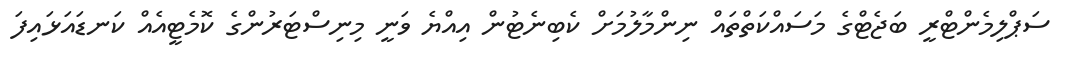
ސަޕްލިމެންޓްރީ ބަޖެޓްގެ މަސައްކަތްތައް ނިންމާލުމަށް ކެބިނެޓުން އިއްޔެ ވަނީ މިނިސްޓަރުންގެ ކޮމެޓީއެއް ކަނޑައަޅައިފަ